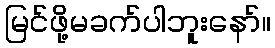
မြင်ဖို့မခက်ပါဘူးနော်။